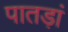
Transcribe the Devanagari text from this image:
पातड़ां